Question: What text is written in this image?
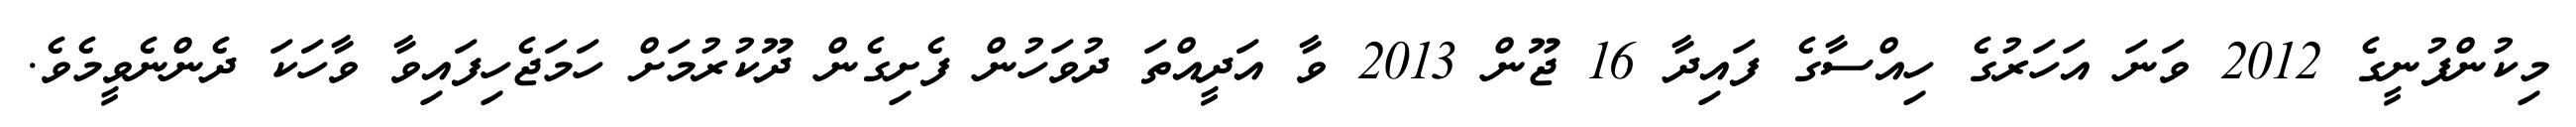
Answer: މިކުންފުނީގެ 2012 ވަނަ އަހަރުގެ ހިއްސާގެ ފައިދާ 16 ޖޫން 2013 ވާ އަދީއްތަ ދުވަހުން ފެށިގެން ދޫކުރުމަށް ހަމަޖެހިފައިވާ ވާހަކަ ދެންނެވީމެވެ.